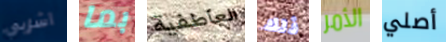
اشربي بما العاطفية ذلك الأمر أصلي